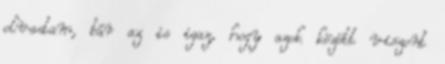
olvastam, bár az is igaz, hogy azok között viszont